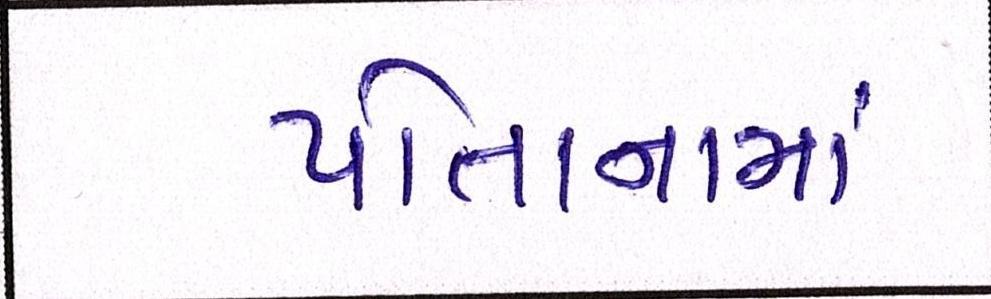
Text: પોતાનામાં